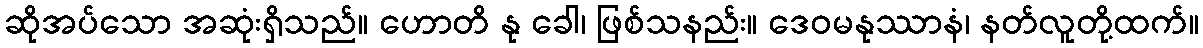
ဆိုအပ်သော အဆုံးရှိသည်။ ဟောတိ နု ခေါ၊ ဖြစ်သနည်း။ ဒေဝမနုဿာနံ၊ နတ်လူတို့ထက်။